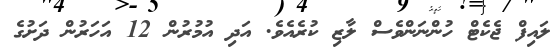
ލައިފް ޖެކެޓް ހުންނަންވެސް ލާޒި ކުރެއެވެ. އަދި އުމުރުން 12 އަހަރުން ދަށުގެ